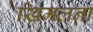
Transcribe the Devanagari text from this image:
खिमलना